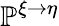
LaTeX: \mathbb{P}^{\xi\rightarrow\eta}